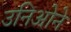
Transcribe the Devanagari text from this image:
उनिओने